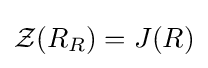
{\mathcal {Z}}(R_{R})=J(R)